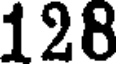
128